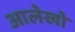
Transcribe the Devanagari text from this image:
आलेखो